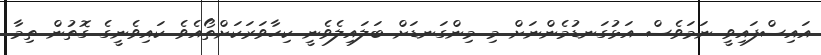
އައިސްފައިވީ ނަމަވެސް އަޅުގަނޑުމެންނަށް މި މިންގަނޑަށް ބަލައިލެވެނީ ކިހާވަރަކަށްތޯއެވެ ކައިވެނީގެ ގޮތުން ތިމާ